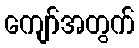
ကျော်အတွက်